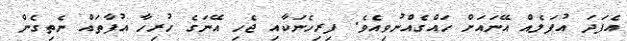
އެފަދަ އުފަލެއް އޭނައަށް ހައްގެއްނުވިއެވެ. ފިރިހެނަކާއި ޖެހި އޭނަގެ ހުރިހާ އުފާތައް ނެތިގެން